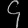
Digit: ၄